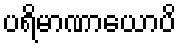
ပရိမာဏာယောပိ